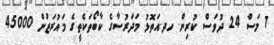
1 މަސް 24 ދުވަސް ކުރިން. ހދ.އަތޮޅު މަދަރުސާގެ ކާބޯތަކެތީގެ މައުރަޒުން 45000